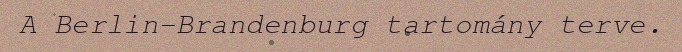
A Berlin-Brandenburg tartomány terve.